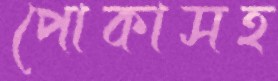
পোকাসহ